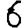
Digit: 6